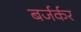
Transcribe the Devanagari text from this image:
बर्जर्कर